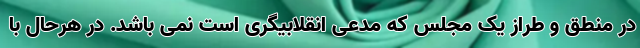
در منطق و طراز یک مجلس که مدعی انقلابیگری است نمی باشد. در هرحال با